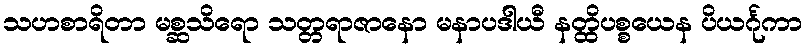
သဟစာရိတာ မစ္ဆသိရော သတ္တရာဇာနော မနာပဒါယီ နတ္ထိပစ္စယေန ပိယင်္ဂုကာ